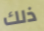
ذلك